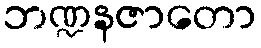
ဘဏ္ဍနဇာတော